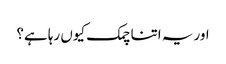
اور یہ اتنا چمک کیوں رہا ہے؟